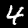
Digit: 4